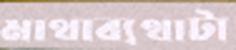
মাথাব্যথাটা